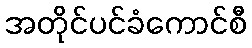
အတိုင်ပင်ခံကောင်စီ